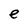
Character: e